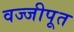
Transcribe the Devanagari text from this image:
वज्जीपूत